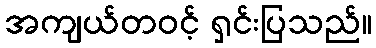
အကျယ်တဝင့် ရှင်းပြသည်။